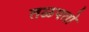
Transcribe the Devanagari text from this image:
तळपतो